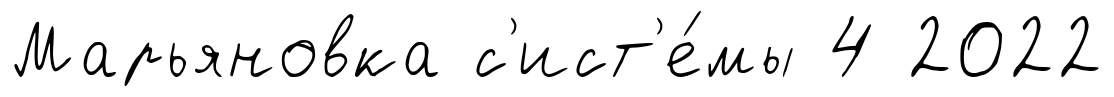
Марьяновка с'ист'е́мы 4 2022